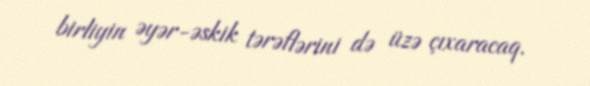
birliyin əyər-əskik tərəflərini də üzə çıxaracaq.